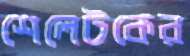
শেলেটকের